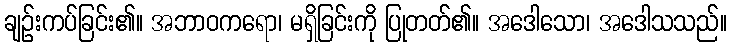
ချဉ်းကပ်ခြင်း၏။ အဘာဝကရော၊ မရှိခြင်းကို ပြုတတ်၏။ အဒေါသော၊ အဒေါသသည်။